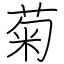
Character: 菊